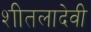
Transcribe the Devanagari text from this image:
शीतलादेवी